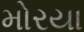
મોરયા